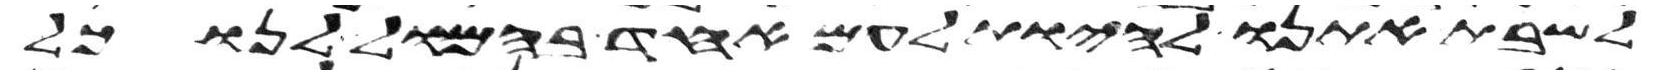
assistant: לשבת אתנו להיות לעם אחד בהמול לנו כל